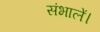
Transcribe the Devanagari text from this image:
संभालें।